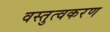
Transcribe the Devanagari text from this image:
वस्तुत्वकरण